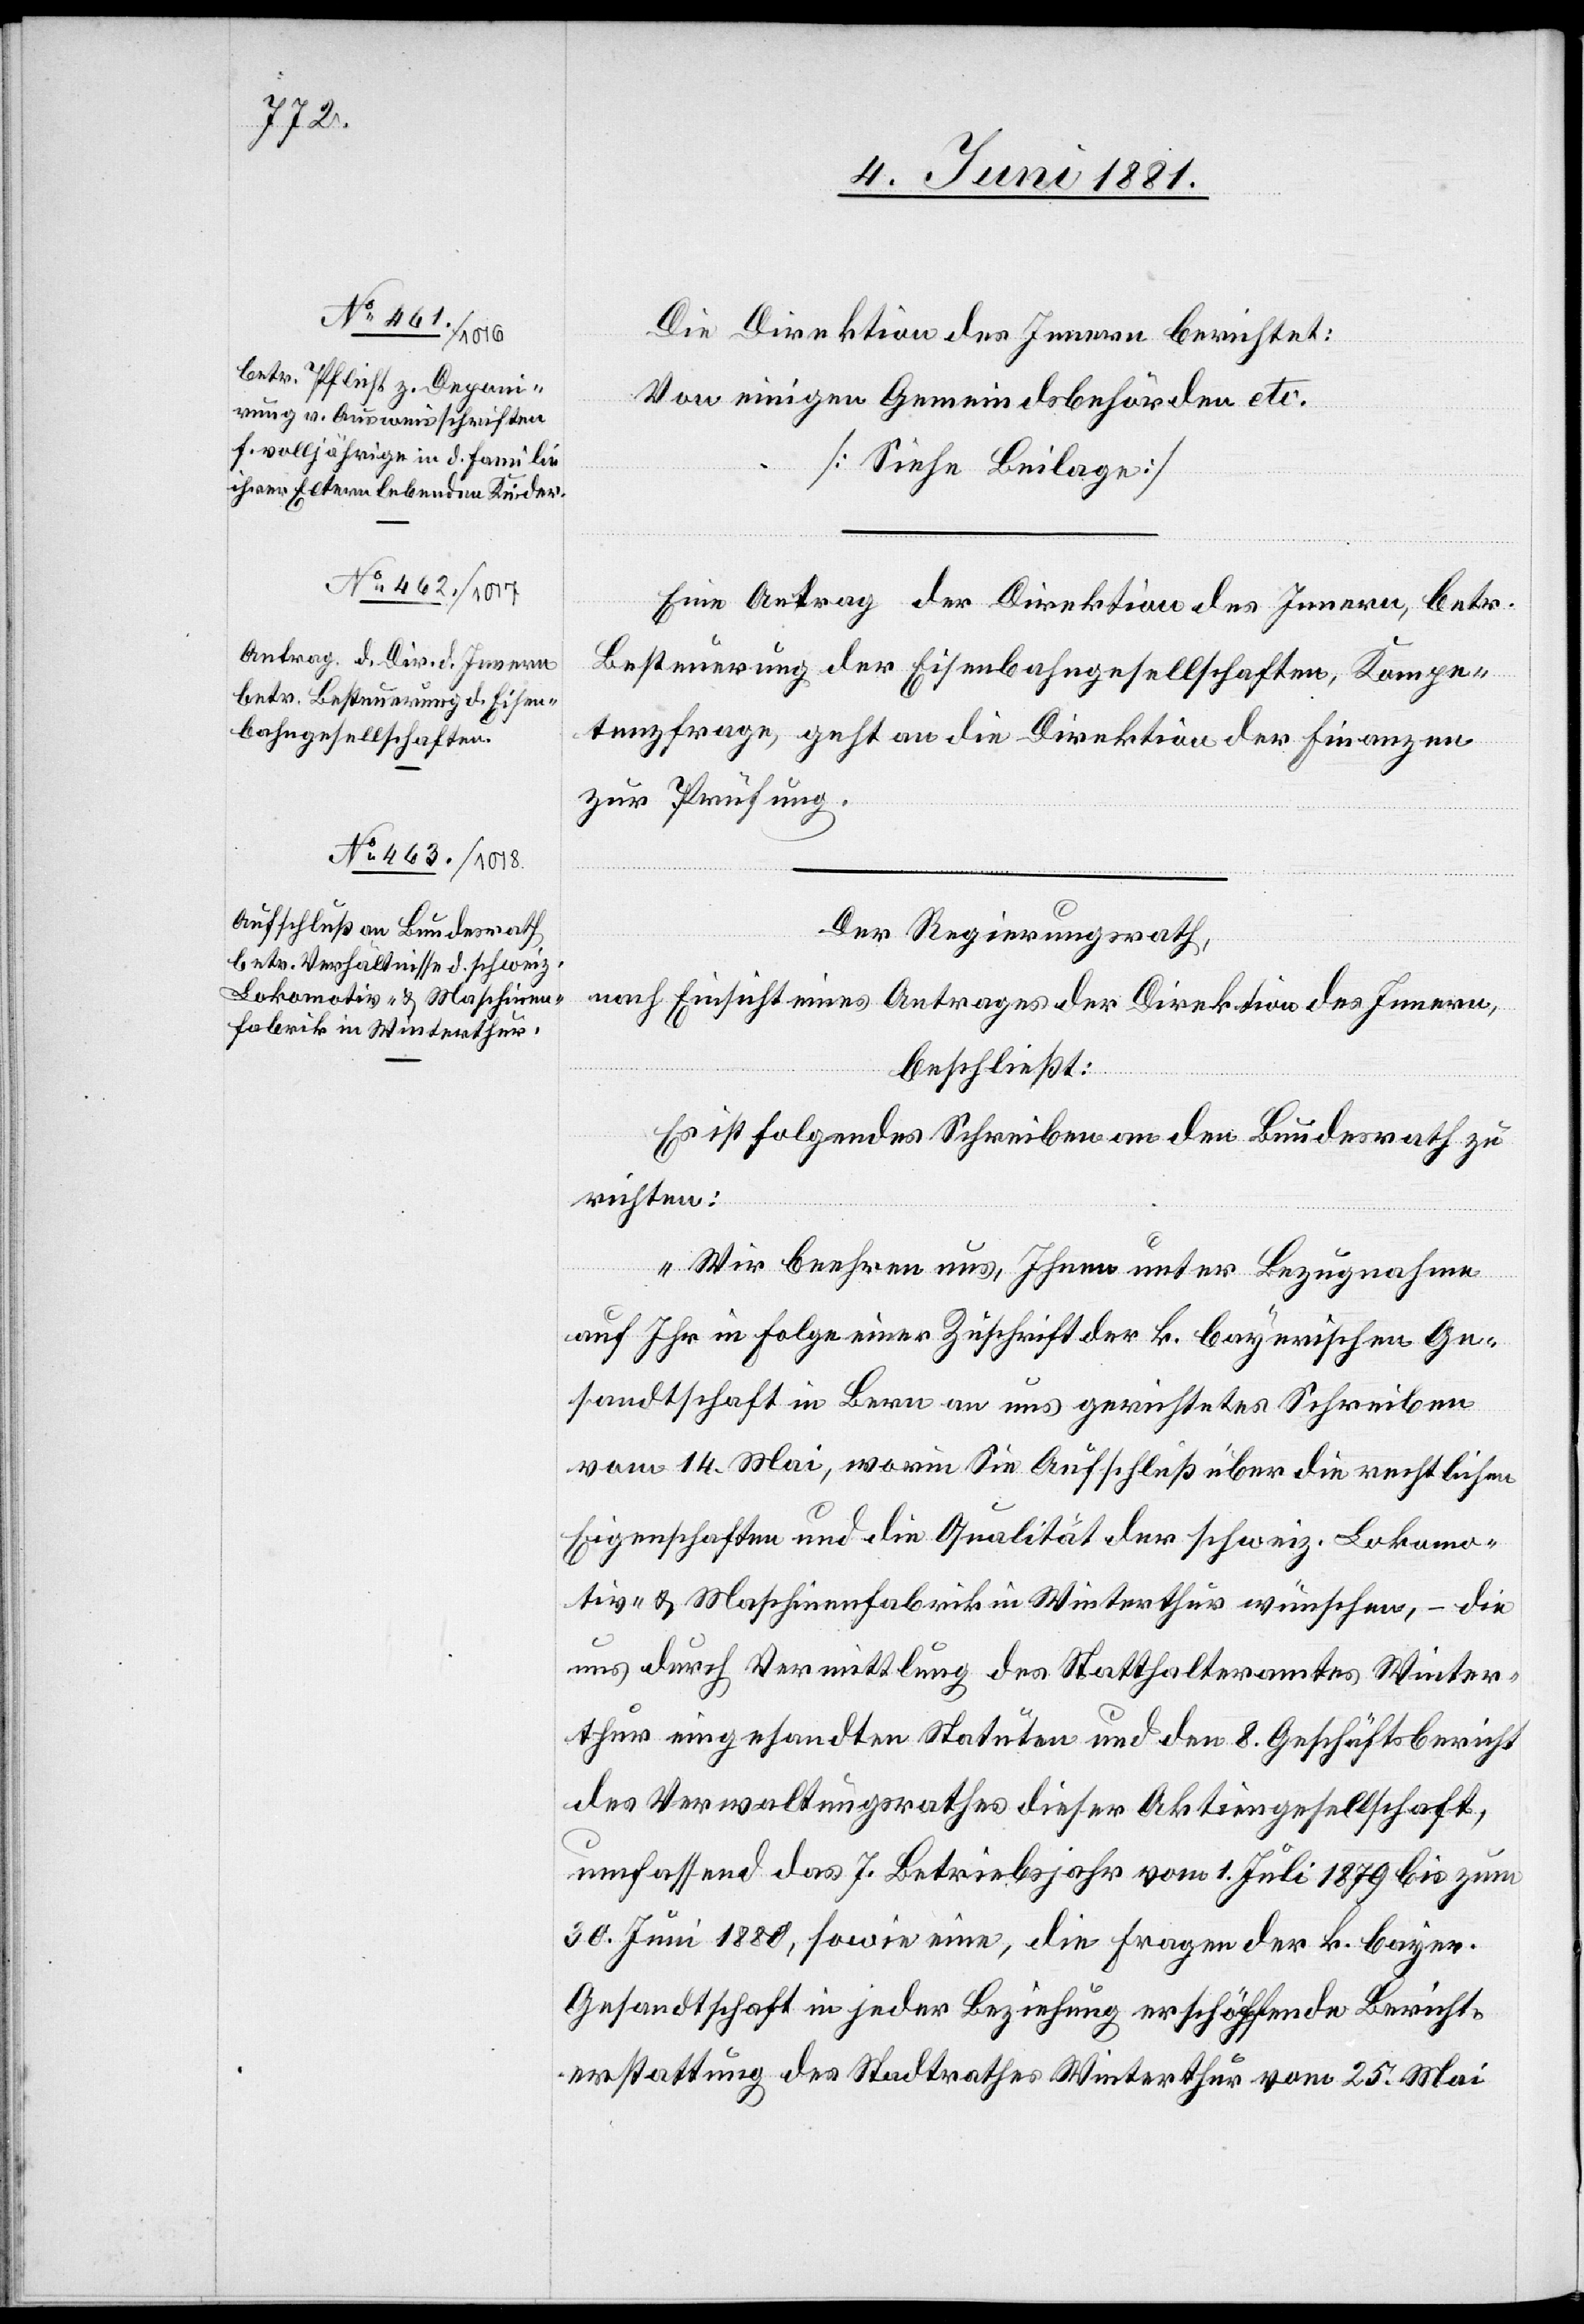
Die Direktion des Innern berichtet:
Von einigen Gemeindsbehörden etc.
[siehe Beilage]
Ein Antrag der Direktion des Innern, betr.
Besteuerung der Eisenbahngesellschaften, Kompe¬
tenzfragen, geht an die Direktion der Finanzen
zur Prüfung.
Der Regierungsrath,
nach Einsicht eines Antrages der Direktion des Innern,
beschließt:
Es ist folgendes Schreiben an den Bundesrath zu
richten:
„Wir beehren uns, Ihnen unter Bezugnahme
auf Ihr in Folge einer Zuschrift der k. bayerischen Ge¬
sandtschaft in Bern an uns gerichtetes Schreiben
vom 14. Mai, worin Sie Aufschluß über die rechtlichen
Eigenschaften und die Qualität der schweiz. Lokomo¬
tiv- & Maschinenfabrik in Winterthur wünschen, – die
uns durch Vermittlung des Statthalteramtes Winter¬
thur eingesandten Statuten und den 8. Geschäftsbericht
des Verwaltungsrathes dieser Aktiengesellschaft,
umfassend das 7. Betriebsjahr vom 1. Juli 1879 bis zum
30. Juni 1880, sowie eine, die Fragen der k. bayer.
Gesandtschaft in jeder Beziehung erschöpfende Bericht¬
erstattung des Stadtrathes Winterthur vom 25. Mai